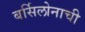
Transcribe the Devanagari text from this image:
बर्सिलोनाची